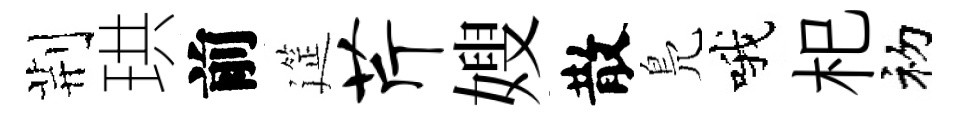
荆珙前筵芹嫂散鳬哦𣏌初